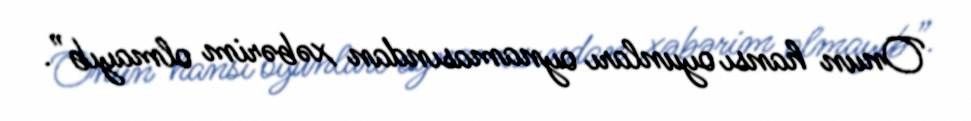
Onun hansı oyunları oynamasından xəbərim olmayıb”.